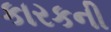
કારકની